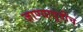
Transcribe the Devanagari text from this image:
जाण्यापूर्वीच